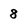
Character: 8